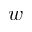
w